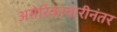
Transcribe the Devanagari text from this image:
अमेरिकावारीनंतर